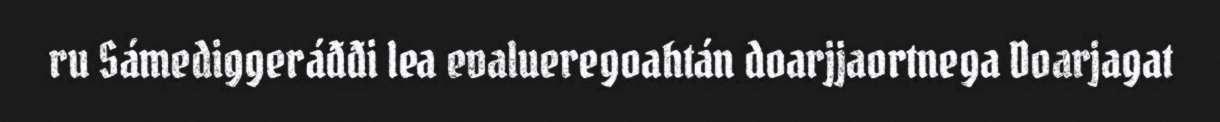
ru Sámediggeráđđi lea evalueregoahtán doarjjaortnega Doarjagat